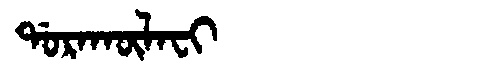
Manchu: ᡩᠣᡵᠠᡴᡡᠯᠠᠸᡳ
Romanization: DORAKŪLAFI